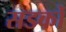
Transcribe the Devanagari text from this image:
सडकोँ